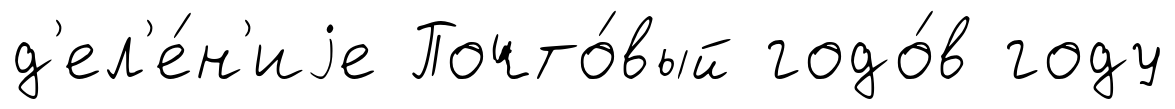
д'ел'е́н'иjе Почто́вый годо́в году